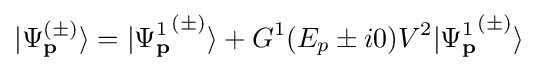
\vert {\Psi _{\mathbf {p} }^{(\pm )}}\rangle =\vert {\Psi _{\mathbf {p} }^{1}}^{(\pm )}\rangle +G^{1}(E_{p}\pm i0)V^{2}\vert {\Psi _{\mathbf {p} }^{1}}^{(\pm )}\rangle